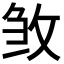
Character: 𭣰